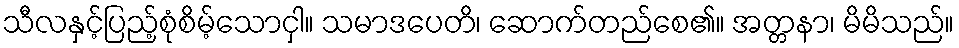
သီလနှင့်ပြည့်စုံစိမ့်သောငှါ။ သမာဒပေတိ၊ ဆောက်တည်စေ၏။ အတ္တနာ၊ မိမိသည်။